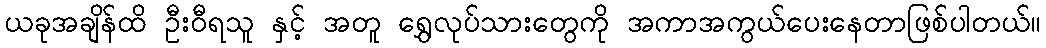
ယခုအချိန်ထိ ဦးဝီရသူ နှင့် အတူ ရွှေလုပ်သားတွေကို အကာအကွယ်ပေးနေတာဖြစ်ပါတယ်။